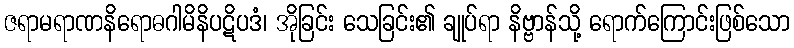
ဇရာမရာဏနိရောဓဂါမိနိပဋိပဒံ၊ အိုခြင်း သေခြင်း၏ ချုပ်ရာ နိဗ္ဗာန်သို့ ရောက်ကြောင်းဖြစ်သော